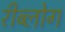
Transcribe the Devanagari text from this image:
रीब्लोग